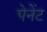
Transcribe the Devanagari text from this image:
पेनेंट